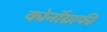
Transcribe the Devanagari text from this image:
कोर्नोग्राफी